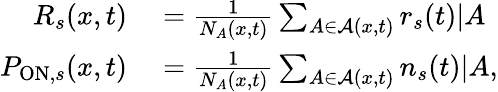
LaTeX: \begin{array}{rl}{R_{s}(x,t)}&{{}=\frac{1}{N_{A}(x,t)}\sum_{A\in\mathcal{A}(x,t)}r_{s}(t)|A}\\ {P_{\mathrm{ON},s}(x,t)}&{{}=\frac{1}{N_{A}(x,t)}\sum_{A\in\mathcal{A}(x,t)}n_{s}(t)|A,}\end{array}